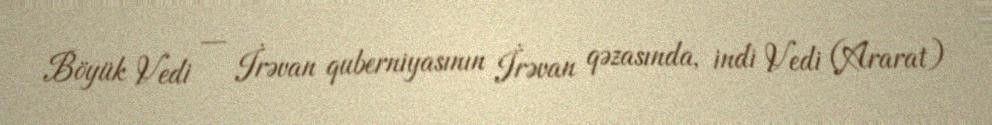
Böyük Vedi — İrəvan quberniyasının İrəvan qəzasında, indi Vedi (Ararat)